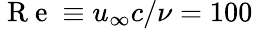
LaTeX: \mathrm{~R~e~}\equiv u_{\infty}c/\nu=100